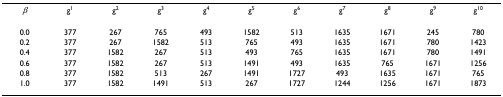
| β | g1 | g2 | g3 | g4 | g5 | g6 | g7 | g8 | g9 | g10 |
 | --- | --- | --- | --- | --- | --- | --- | --- | --- | --- | --- |
 | 0.0 | 377 | 267 | 765 | 493 | 1582 | 513 | 1635 | 1671 | 245 | 780 |
 | 0.2 | 377 | 267 | 1582 | 513 | 765 | 493 | 1635 | 1671 | 780 | 1423 |
 | 0.4 | 377 | 1582 | 267 | 513 | 493 | 765 | 1635 | 1671 | 780 | 1491 |
 | 0.6 | 377 | 1582 | 267 | 513 | 1491 | 493 | 1635 | 765 | 1671 | 1256 |
 | 0.8 | 377 | 1582 | 513 | 267 | 1491 | 1727 | 493 | 1635 | 1671 | 765 |
 | 1.0 | 377 | 1582 | 1491 | 513 | 267 | 1727 | 1244 | 1256 | 1671 | 1873 |